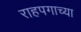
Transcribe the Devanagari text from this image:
राहपगाच्या